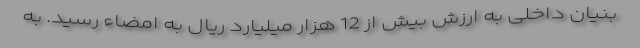
بنیان داخلی به ارزش بیش از 12 هزار میلیارد ریال به امضاء رسید. به